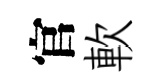
官軟